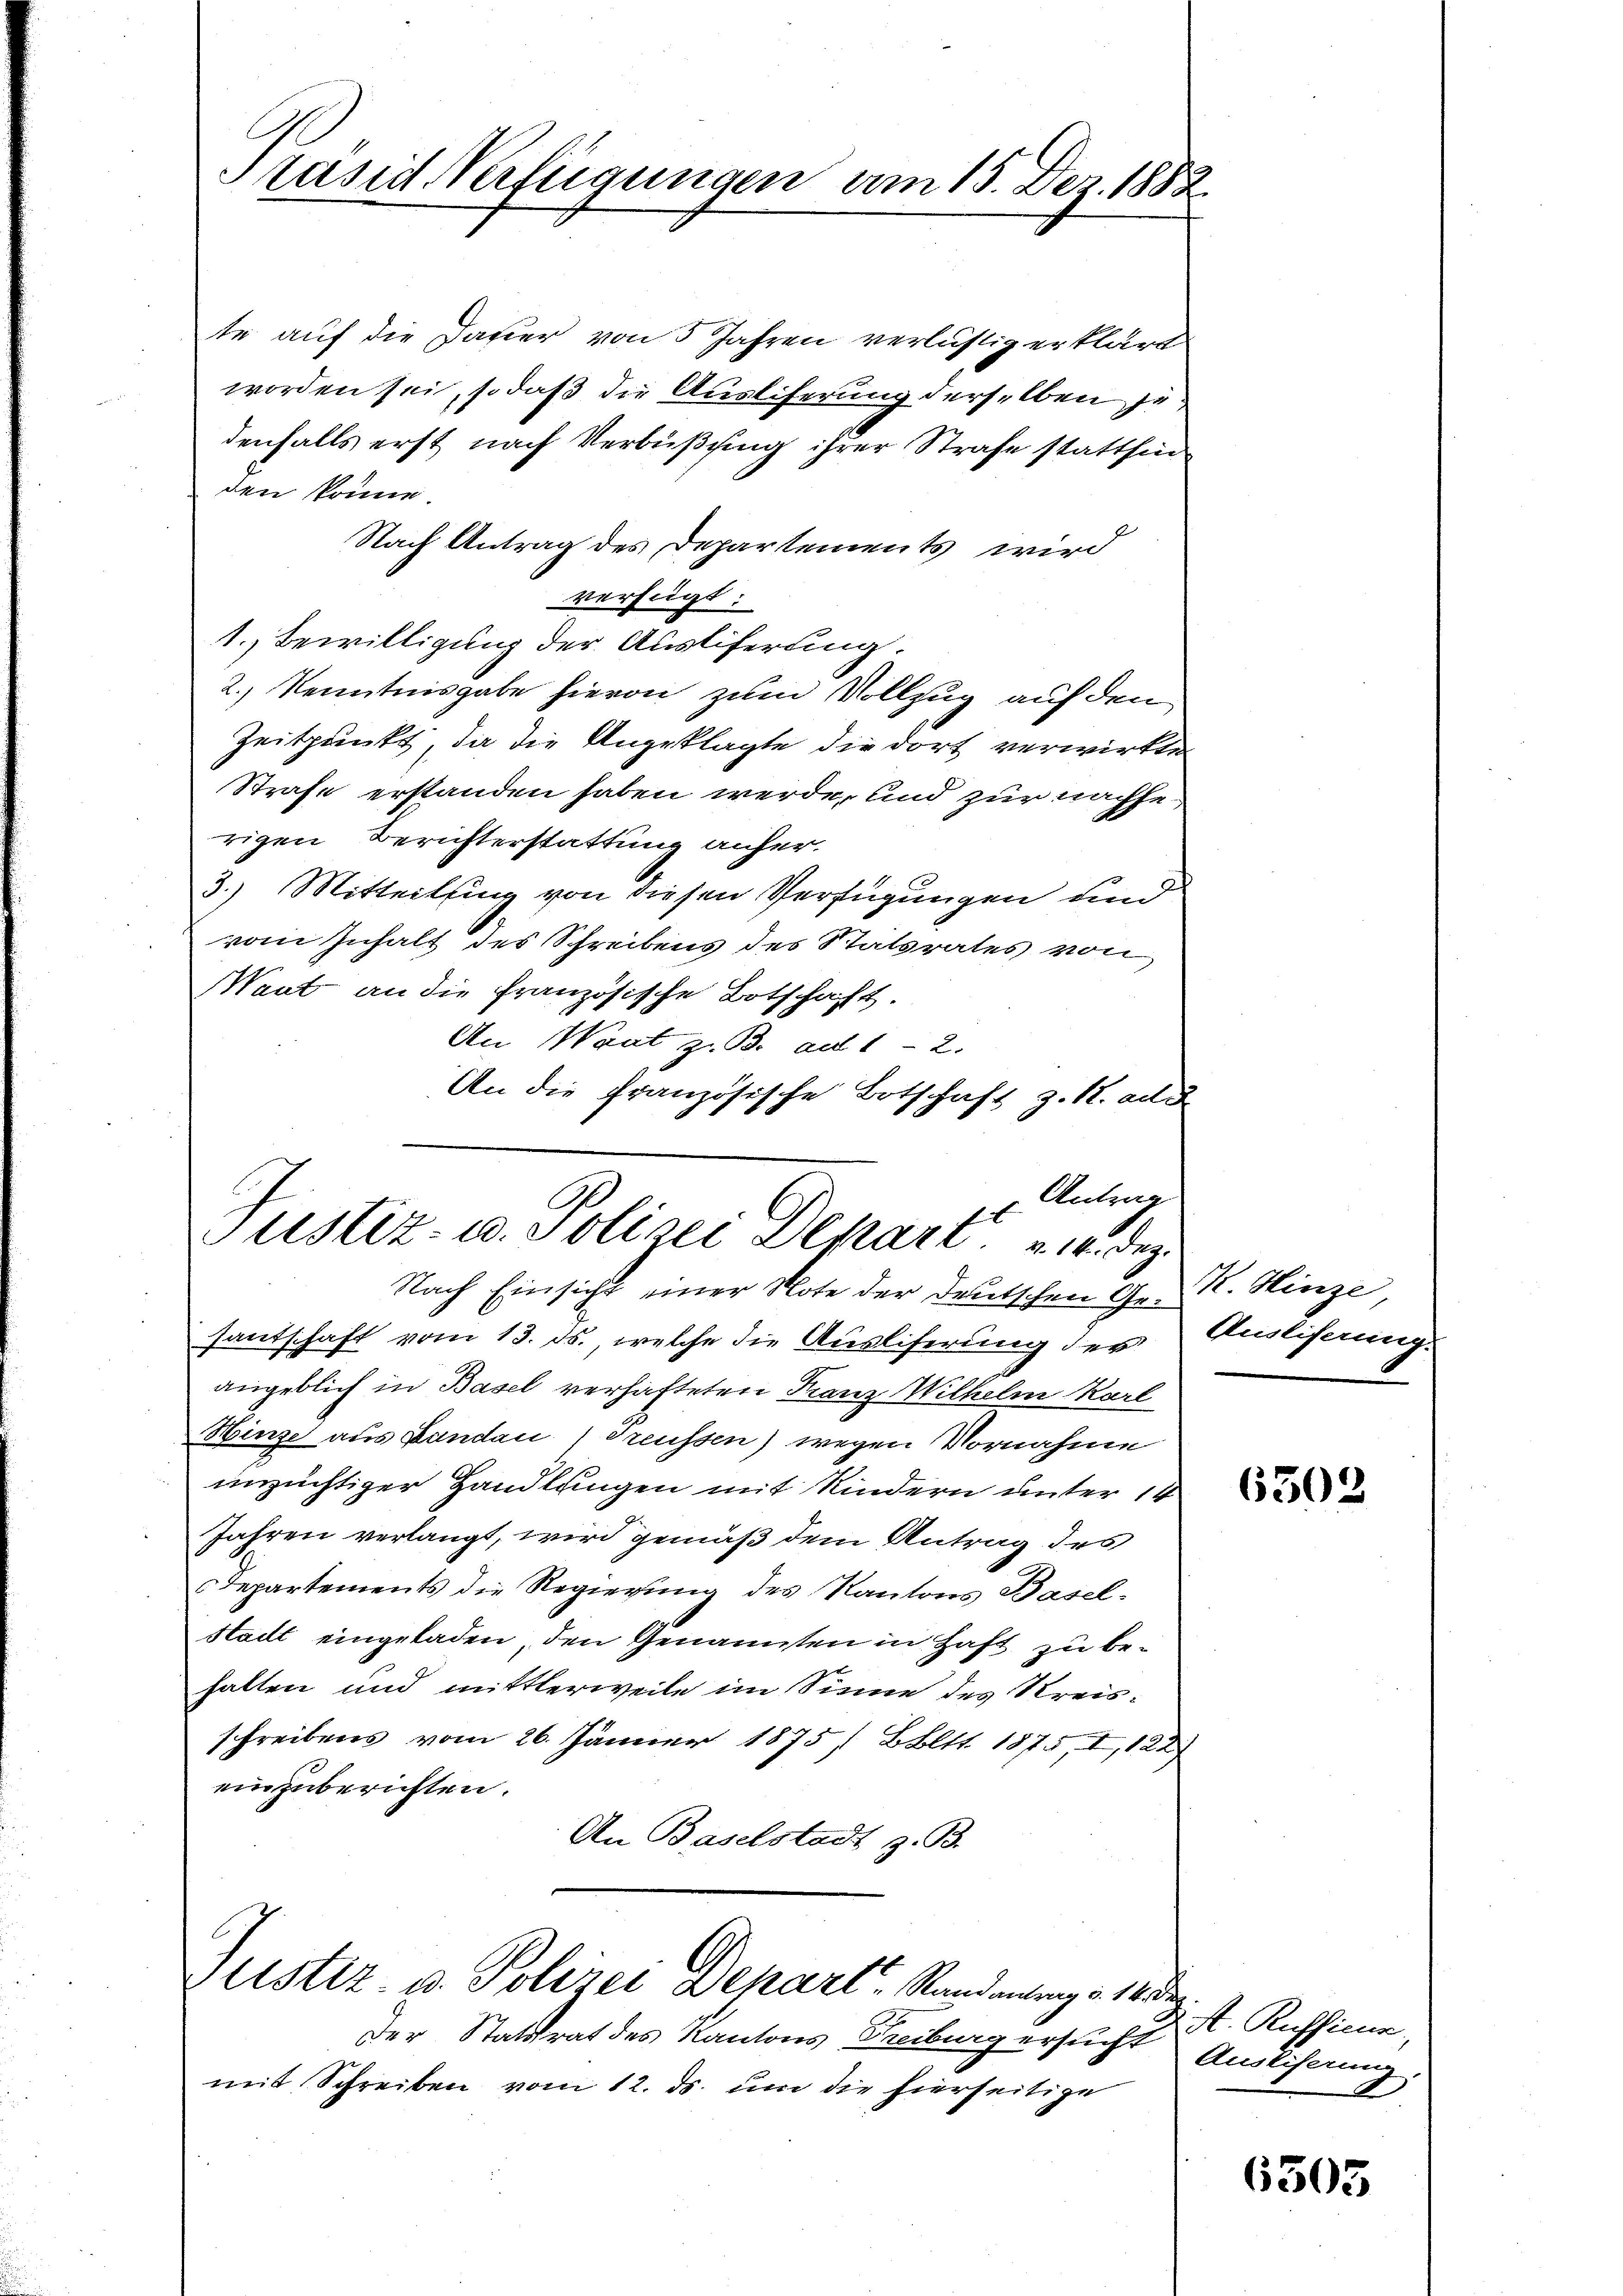
Prasid Verfügungen am 15. Dez. 1882.

te auf die Dauer von 5 Jahren verlästig erklärt
worden sei, so daß die Auslieferung derselben je
denfalls erst nach Verbüßung ihrer Strafe stattfind
den könne.
Nach Antrag des Departements wird
verfügt:
1. Bewilligung der Ausliferung.
2.) Kenntnisgabe hievon zum Vollzug auf den
Zeitpunkt, da die Angeklagte die dort verwirkten
Strafe erstanden haben werde, und zur nachhe
rigen Berichterstattung anher.
3.) Mitteilung von diesen Verfügungen und
vom Inhalt des Schreibens des Statsrates von
Want an die Französische Botschaft.
An Waat z. B. ad 12.
An die französische Botschaft z. B. and
Antrag
.
Justiz- u. Polizei Depart. 14. Dez.
Nach Einsicht einer Note der Deutschen Gesantschaft vom 13. ds. welche die Ausliserung der Auslisung-
angeblich in Basel verhafteten Franz Wilhelm Karl
Hinze aus Bandau / Preussen) wegen Vornahme
unzüchtiger Handlungen mit Kindern unter 14
Jahren verlangt, wird gemäß dem Antrag des
departements die Regierung des Kantons Basel-
Stadt eingeladen, den Genannten in Haft zu behalten und mittlerweile im Sinne des Kreisschreibens vom 26. Jänner 1875 Bbltt. 1875, I, 122
einzuberichten.
An Baselstadt z. B.

Justiz- u. Polizei Depart Randantrag v. 18 de

der Statstrat des Kantons Freiburg ersucht
mit Schreiben vom 12. ds. um die hierseitige

K. Hinze

6302

2 S. Russicun
Ausliferung.

6505